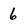
Character: 6